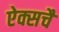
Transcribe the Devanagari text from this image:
ऐक्सचै